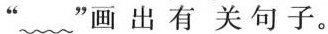
“ ”画出有关句子。